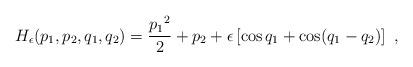
LaTeX: \begin{align*}H_{\epsilon}(p_1,p_2,q_1,q_2)= \frac{{p_1}^2}{2}+ p_2 +\epsilon\left[\cos q_1+\cos(q_1-q_2)\right]\ , \end{align*}